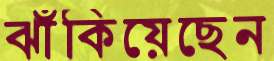
ঝাঁকিয়েছেন